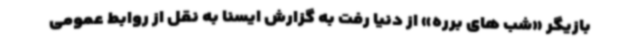
بازیگر «شب های برره» از دنیا رفت به گزارش ایسنا به نقل از روابط عمومی